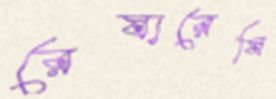
রেষারেষি